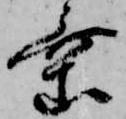
乗